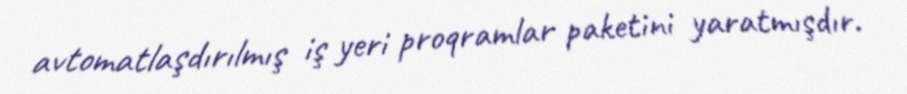
avtomatlaşdırılmış iş yeri proqramlar paketini yaratmışdır.